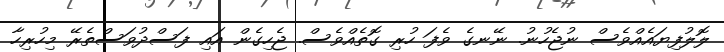
ލޮލުފިޔައެއްވެސް ނުޖެހުނު. ނޭނގެ ވެފަ ހުރި ގޮތެއްވެސް. ޖެހިގެން އައި ފަސްދުވަސްތެރޭ މިހުރިހާ